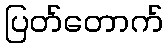
ပြတ်တောက်